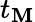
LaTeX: t_{\mathbf{M}}